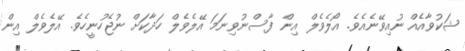
ޝަކުވާއެއް ނުއިވޭނެއެވެ. އޯލެވެލް އިން ފާސްނުވިނަމަ އޭލެވެލް ހަދާކަށް ނުޖެހުނީހެވެ. އޭލެވެލް އިން